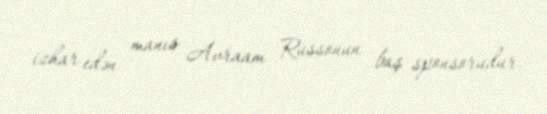
izhar edən manıs Avraam Russonun baş sponsorudur.